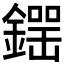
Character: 𨫘